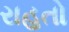
રાહતો